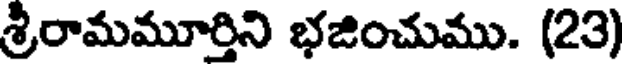
శ్రీరామమూర్తిని భజించుము. (23)